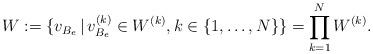
LaTeX: \begin{align*} W := \{ v_{B_e} \,|\, v_{B_e}^{(k)}\in W^{(k)}, k\in\{1,\ldots,N\}\} = \prod_{k=1}^N W^{(k)}.\end{align*}